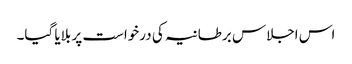
اس اجلاس برطانیہ کی درخواست پر بلایا گیا۔